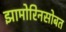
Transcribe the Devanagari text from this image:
झामोरिनसोबत